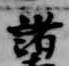
諸